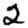
Digit: 2